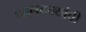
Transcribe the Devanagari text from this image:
पवनचक्यांची